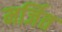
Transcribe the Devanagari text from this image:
मर्जित